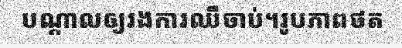
បណ្តាលឲ្យរងការឈឺចាប់។រូបភាពថត